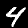
Label: 4